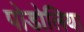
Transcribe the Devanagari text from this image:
पोडोलिया